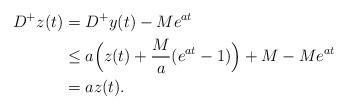
LaTeX: \begin{align*}D^+z(t) &= D^+y(t) - Me^{at}\\&\le a\Big(z(t) + \frac{M}{a}(e^{at} - 1)\Big) + M - Me^{at}\\&= az(t).\end{align*}